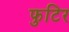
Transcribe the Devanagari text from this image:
फुटिर